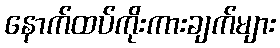
နောက်ထပ်ကိုးကားချက်များ